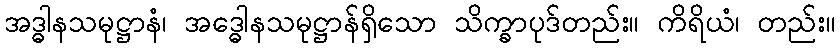
အဒ္ဓါနသမုဋ္ဌာနံ၊ အဒ္ဓေါနသမုဋ္ဌာန်ရှိသော သိက္ခာပုဒ်တည်း။ ကိရိယံ၊ တည်း။